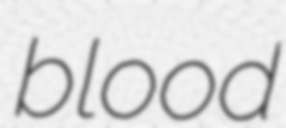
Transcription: blood